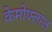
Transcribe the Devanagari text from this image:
केमोफ्लाज